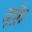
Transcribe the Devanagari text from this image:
दफ़े